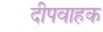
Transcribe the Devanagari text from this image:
दीपवाहक